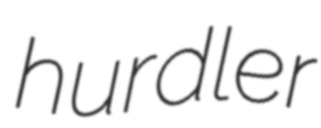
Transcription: hurdler